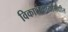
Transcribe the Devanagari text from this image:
विकासकार्यामधील